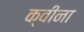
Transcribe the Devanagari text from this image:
क्वीना